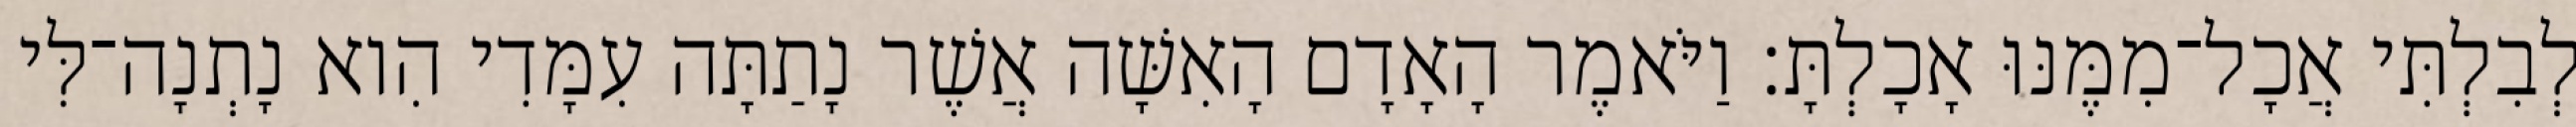
לְבִלְתִּי אֲכָל־מִמֶּנּוּ אָכָלְתָּ׃ וַיֹּאמֶר הָאָדָם הָאִשָּׁה אֲשֶׁר נָתַתָּה עִמָּדִי הִוא נָתְנָה־לִּי